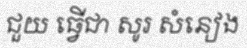
ជួយ ធ្វើជា សូរ សំនៀង